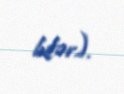
bilər).